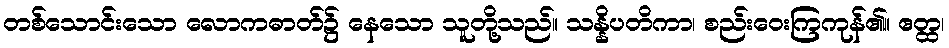
တစ်သောင်းသော လောကဓာတ်၌ နေသော သူတို့သည်။ သန္နိပတိကာ၊ စည်းဝေးကြကုန်၏။ ဧတ္ထ၊